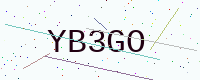
Text: YB3GO